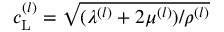
c _ { \mathrm { L } } ^ { ( l ) } = \sqrt { ( \lambda ^ { ( l ) } + 2 \mu ^ { ( l ) } ) / \rho ^ { ( l ) } }